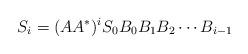
LaTeX: \begin{align*}S_i = (A A^*)^i S_0 B_0 B_1 B_2 \cdots B_{i-1}\end{align*}